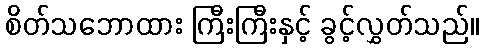
စိတ်သဘောထား ကြီးကြီးနှင့် ခွင့်လွှတ်သည်။